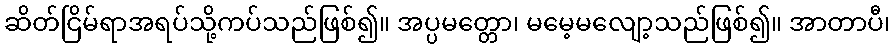
ဆိတ်ငြိမ်ရာအရပ်သို့ကပ်သည်ဖြစ်၍။ အပ္ပမတ္တော၊ မမေ့မလျော့သည်ဖြစ်၍။ အာတာပီ၊